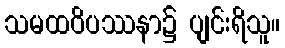
သမထဝိပဿနာ၌ ပျင်းရိသူ။